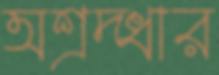
অশ্রদ্ধার